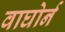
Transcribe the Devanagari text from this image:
वाघोर्न